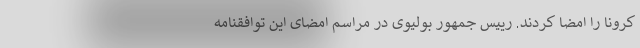
کرونا را امضا کردند. رییس جمهور بولیوی در مراسم امضای این توافقنامه